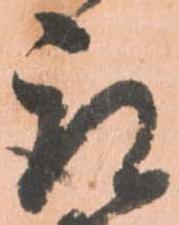
取